Standards of the constituents of the urine and blood and the bearing of the metabolism of Bengalis on the problems of nutrition - Number 34
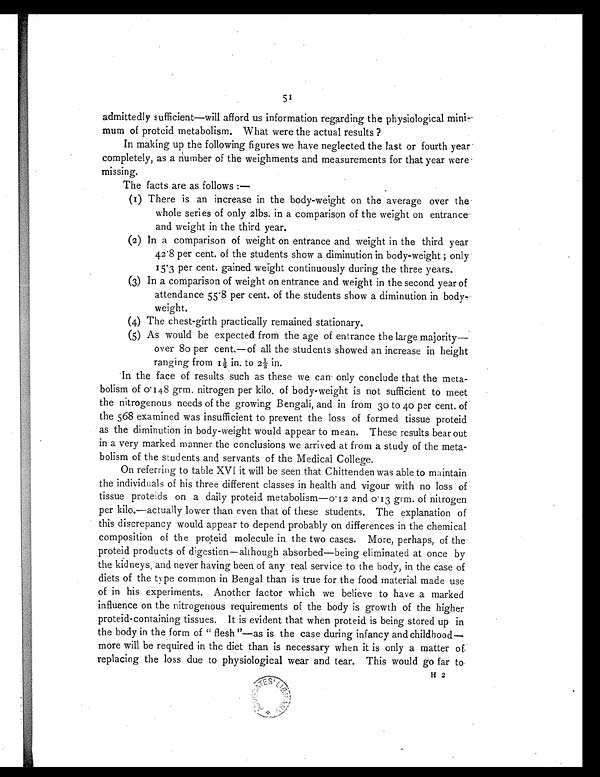
51
admittedly sufficient—will afford us information regarding the physiological
minimum of proteid metabolism. What were the actual results ?
In making up the following figures we have neglected the last or fourth year
completely, as a number of the weighments and measurements for that year were
missing.
The facts are as follows :—
(1) There is an increase in the body-weight on the average over the
whole series of only 2lbs. in a comparison of the weight on entrance
and weight in the third year.
(2) In a comparison of weight on entrance and weight in the third year
42.8 per cent, of the students show a diminution in body-weight ; only
15.3 per cent. gained weight continuously during the three years.
(3) In a comparison of weight on entrance and weight in the second year of
attendance 55.8 per cent. of the students show a diminution in body-
weight.
(4) The chest-girth practically remained stationary.
(5) As would be expected from the age of entrance the large majority—
over 80 per cent—of all the students showed an increase in height
ranging from 1½ in. to 2
½
in.
In the face of results such as these we can only conclude that the meta-
bolism of 0.148 grm. nitrogen per kilo. of body-weight is not sufficient to meet
the nitrogenous needs of the growing Bengali, and in from 30 to 40 per cent. of
the 568 examined was insufficient to prevent the loss of formed tissue proteid
as the diminution in body-weight would appear to mean. These results bear out
in a very marked manner the conclusions we arrived at from a study of the meta-
bolism of the students and servants of the Medical College.
On referring to table XVI it will be seen that Chittenden was able to maintain
the individuals of his three different classes in health and vigour with no loss of
tissue proteids on a daily proteid metabolism—0.12 and 0.13 grm. of nitrogen
per kilo.—actually lower than even that of these students. The explanation of
this discrepancy would appear to depend probably on differences in the chemical
composition of the proteid molecule in the two cases. More, perhaps, of the
proteid products of digestion—although absorbed—being eliminated at once by
the kidneys, and never having been of any real service to the body, in the case of
diets of the type common in Bengal than is true for the food material made use
of in his experiments. Another factor which we believe to have a marked
influence on the nitrogenous requirements of the body is growth of the higher
proteid-containing tissues. It is evident that when proteid is being stored up in
the body in the form of "flesh"—as is the case during infancy and childhood—
more will be required in the diet than is necessary when it is only a matter of
replacing the loss due to physiological wear and tear. This would go far to
H 2